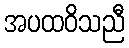
အပထဝိသညီ